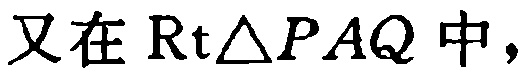
又在$\mathrm{Rt}\triangle PAQ$中，